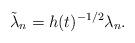
LaTeX: \begin{align*}\tilde{\lambda}_n=h(t)^{-1/2}\lambda_n.\end{align*}